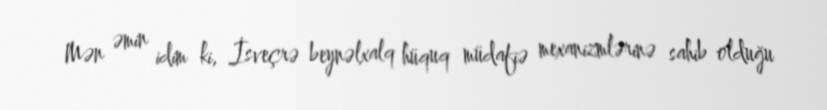
Mən əmin idim ki, İsveçrə beynəlxalq hüquq müdafiə mexanizmlərinə sahib olduğu